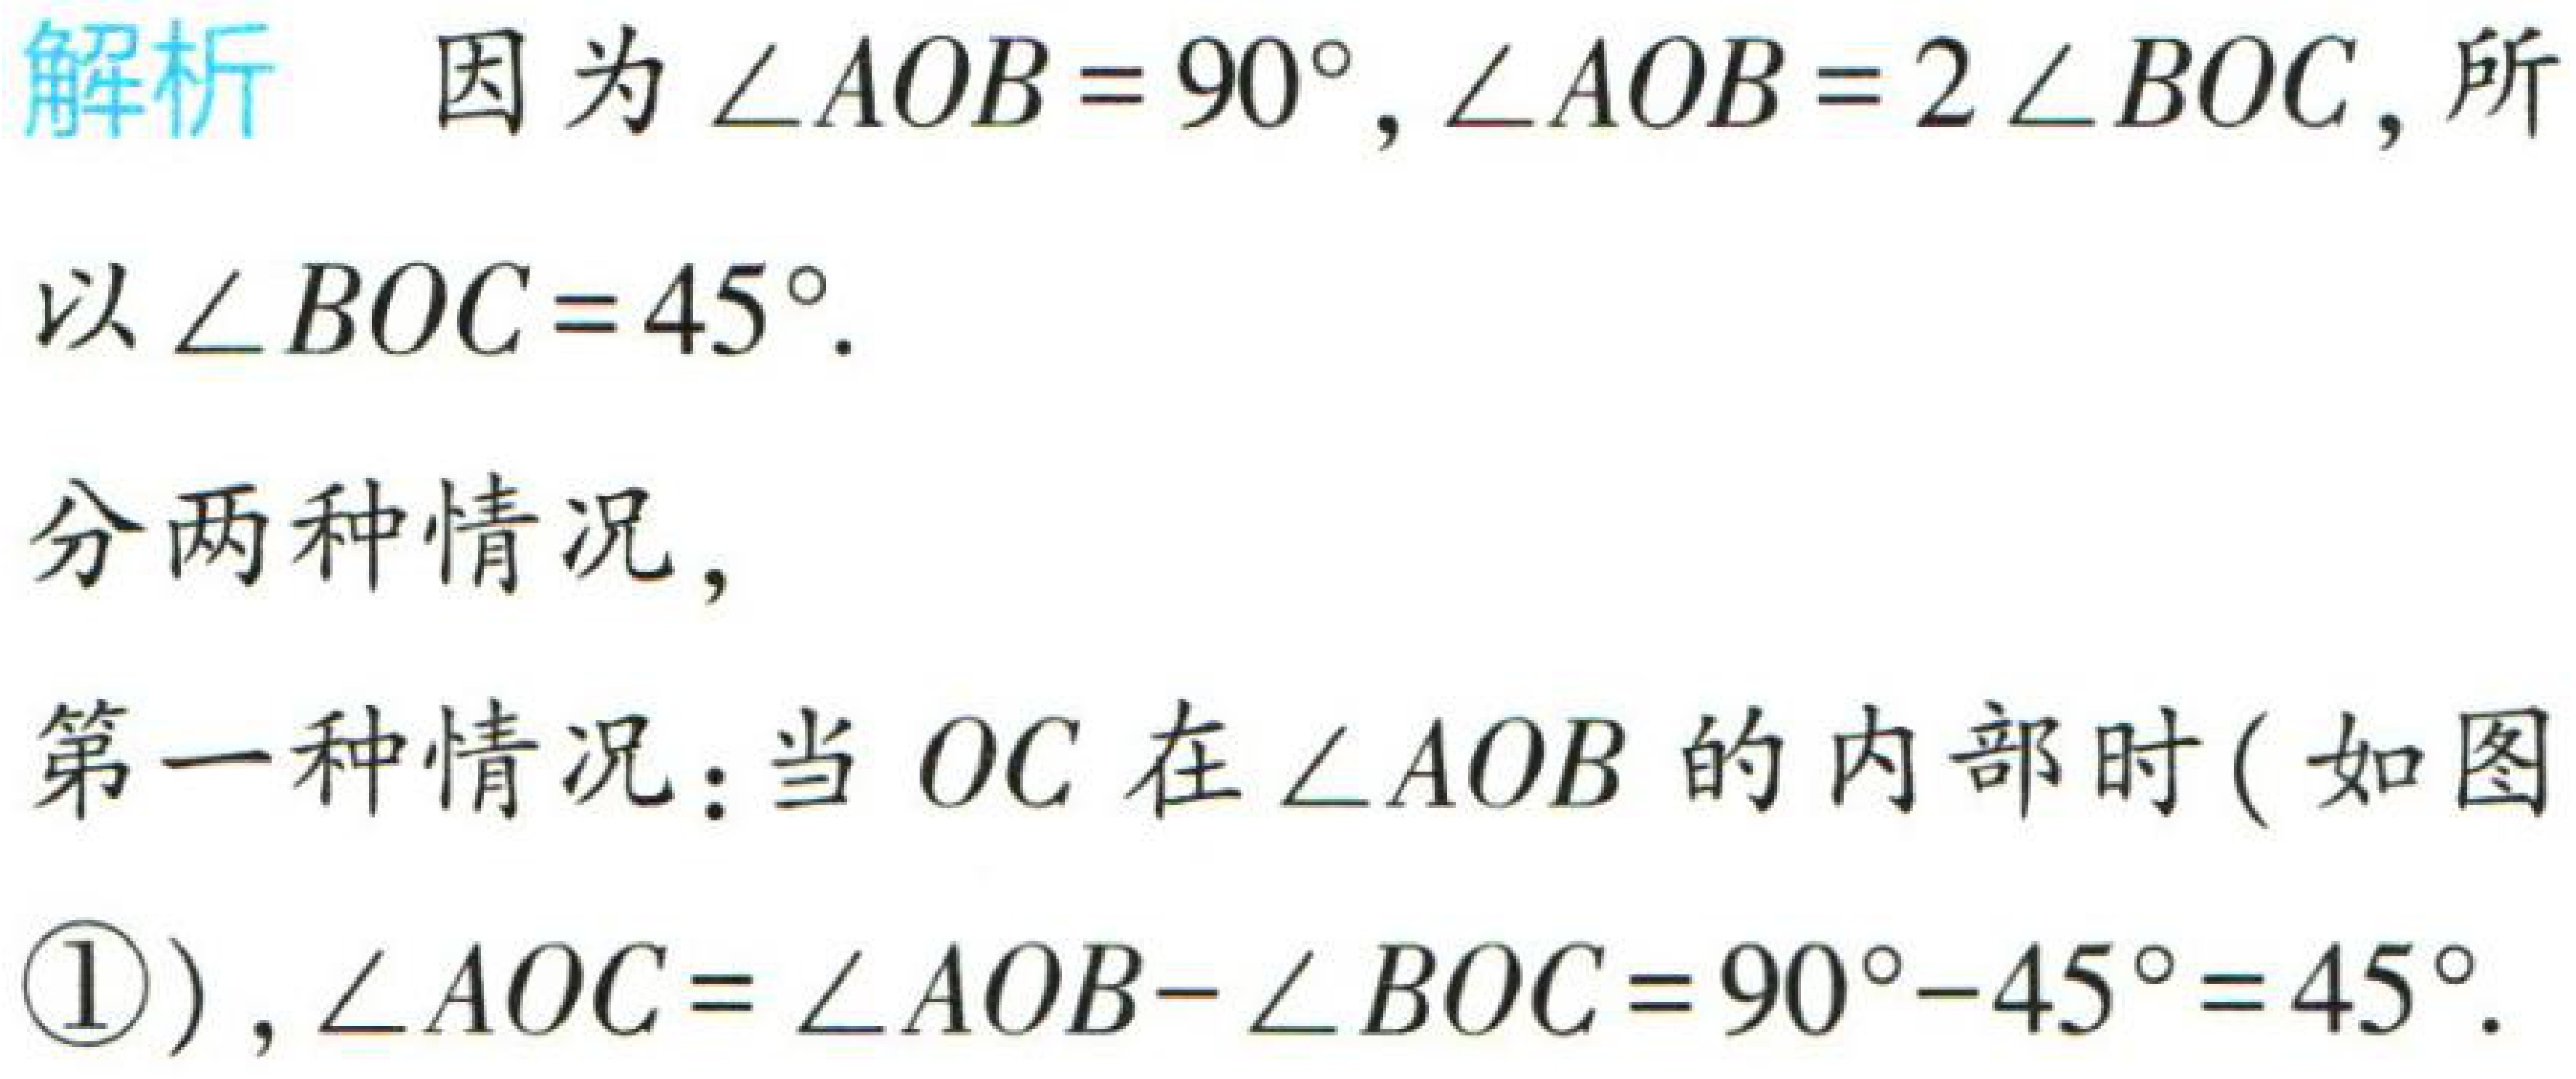
解析 因为\(\angle AOB = 90^{\circ}, \angle AOB = 2\angle BOC\)，所以\(\angle BOC = 45^{\circ}\).

分两种情况，

第一种情况：当\(OC\)在\(\angle AOB\)的内部时(如图\textcircled{1})，\(\angle AOC = \angle AOB - \angle BOC = 90^{\circ}-45^{\circ}=45^{\circ}\).